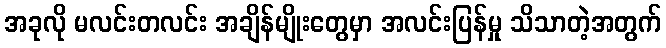
အခုလို မလင်းတလင်း အချိန်မျိုးတွေမှာ အလင်းပြန်မှု သိသာတဲ့အတွက်